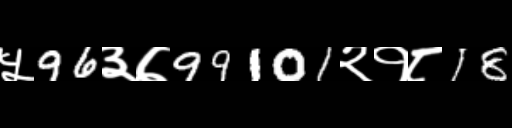
Text: ५96३७99101२१८18